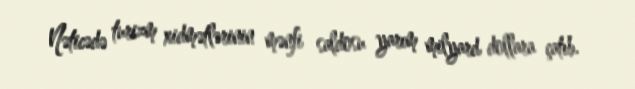
Nəticədə turizm xidmətlərinin mənfi saldosu yarım milyard dollara çatıb.